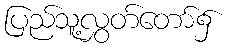
ပြည်သူ့လွှတ်တော်၌